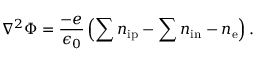
\nabla ^ { 2 } \Phi = \frac { - e } { \epsilon _ { 0 } } \left( \sum { n _ { \mathrm { i p } } } - \sum { n _ { \mathrm { i n } } } - n _ { \mathrm { e } } \right) .